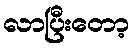
လာပြီးတော့